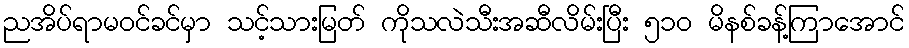
ညအိပ်ရာမဝင်ခင်မှာ သင့်သားမြတ် ကိုသလဲသီးအဆီလိမ်းပြီး ၅၁၀ မိနစ်ခန့်ကြာအောင်